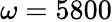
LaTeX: \omega=5800